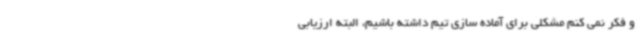
و فکر نمی کنم مشکلی برای آماده سازی تیم داشته باشیم، البته ارزیابی